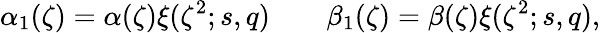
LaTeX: \alpha_{1}(\zeta)=\alpha(\zeta)\xi(\zeta^{2};s,q)\qquad\beta_{1}(\zeta)=\beta(\zeta)\xi(\zeta^{2};s,q),